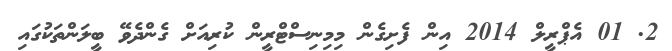
2. 01 އެޕްރީލް 2014 އިން ފެށިގެން މިމިނިސްޓްރީން ކުރިއަށް ގެންދެވޭ ބީލަންތަކުގައި